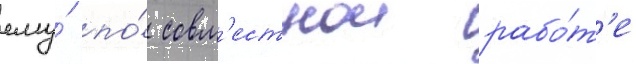
ему́ по́ совм'естнои рабо́т'е